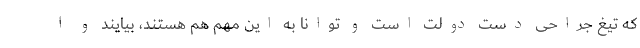
که تیغ جراحی دست دولت است و توانا به این مهم هم هستند، بیایند و ا